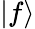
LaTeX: |f\rangle